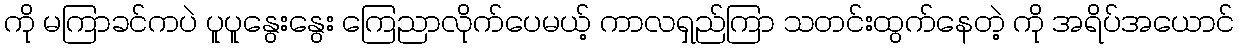
ကို မကြာခင်ကပဲ ပူပူနွေးနွေး ကြေညာလိုက်ပေမယ့် ကာလရှည်ကြာ သတင်းထွက်နေတဲ့ ကို အရိပ်အယောင်